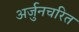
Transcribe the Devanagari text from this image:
अर्जुनचरित